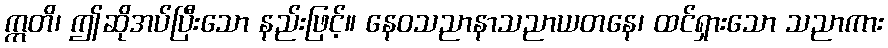
ဣတိ၊ ဤဆိုအပ်ပြီးသော နည်းဖြင့်။ နေဝသညာနာသညာယတနေ၊ ထင်ရှားသော သညာကား